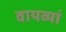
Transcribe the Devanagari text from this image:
वायव्यां